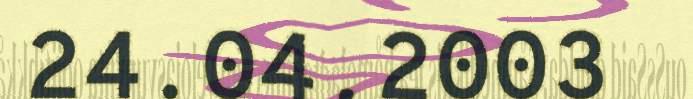
24.04.2003